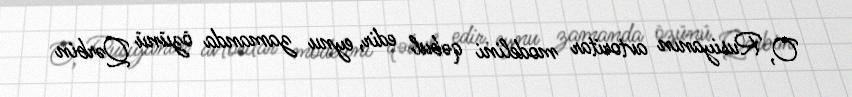
O, Rusiyanın avtoritar modelini qəbul edir, eynu zamanda özünü Qərbin